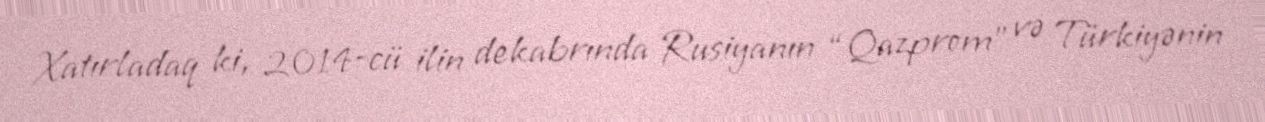
Xatırladaq ki, 2014-cü ilin dekabrında Rusiyanın “Qazprom” və Türkiyənin